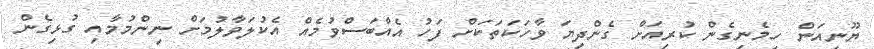
ޔޫނިއަން ހިމެނިގެން ކުރިއަށް ގެންދިޔަ ވާހަކަތަކަށް ފަހު އެއްބަސްވުމެއް އެކުލަވާލުމަށް ނިންމުމާއި ގުޅިގެން